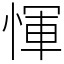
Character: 惲